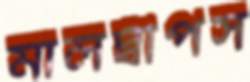
মালদ্বীপস